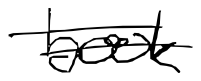
Text: book
Cross-out: double-line
Writing tool: digital_black